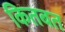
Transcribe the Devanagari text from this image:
कितबत